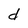
Character: d